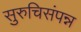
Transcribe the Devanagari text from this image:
सुरुचिसंपन्न